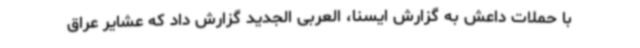
با حملات داعش به گزارش ایسنا، العربی الجدید گزارش داد که عشایر عراق